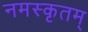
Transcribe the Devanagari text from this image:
नमस्कृतम्